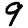
Digit: 9